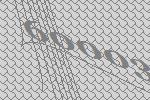
60003